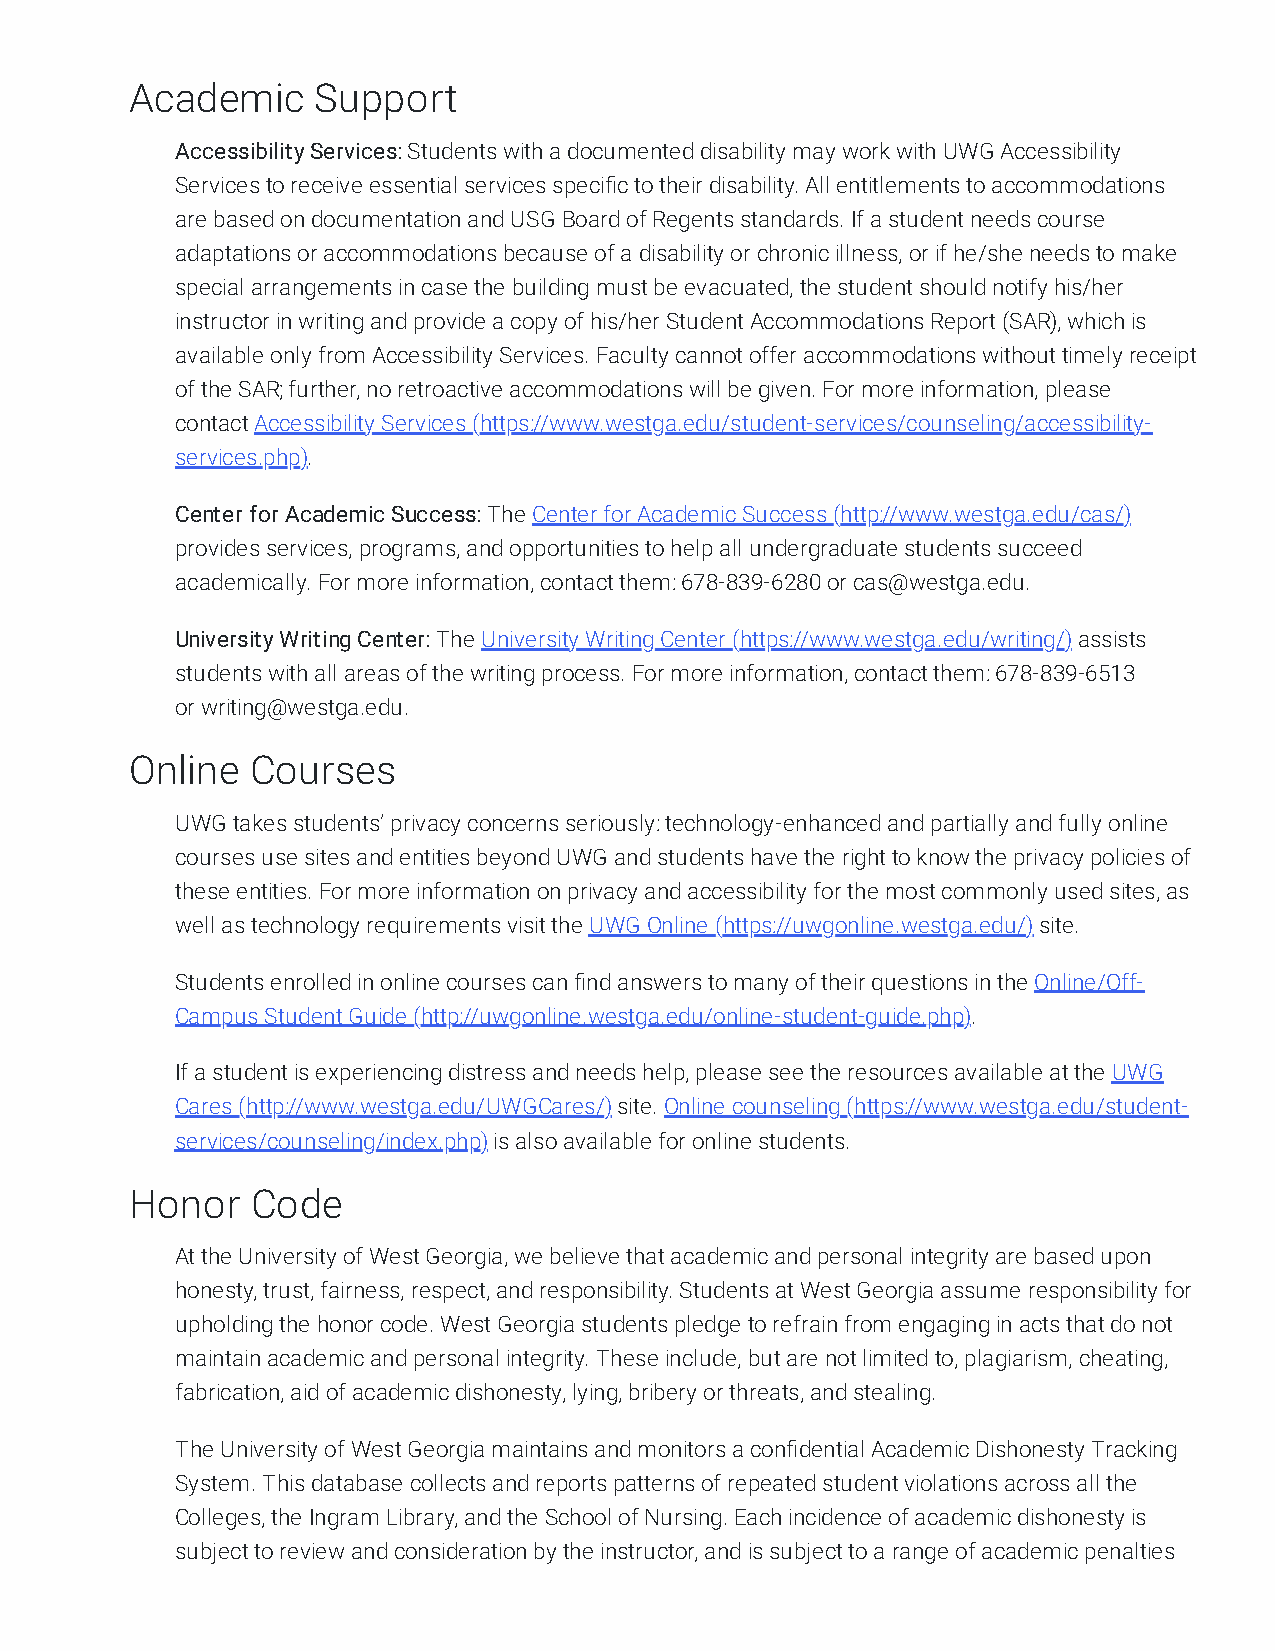
Academic    Support
 Accessibility Services: Students with a documented disability may work with UWG Accessibility
 Services to receive essential services specific to their disability. All entitlements to accommodations
 are based on documentation and USG Board of Regents standards. If a student needs course
 adaptations or accommodations because of a disability or chronic illness, or if he/she needs to make
 special arrangements in case the building must be evacuated, the student should notify his/her
 instructor in writing and provide a copy of his/her Student Accommodations Report (SAR), which is
 available only from Accessibility Services. Faculty cannot offer accommodations without timely receipt
 of the SAR; further, no retroactive accommodations will be given. For more information, please
 contact Accessibility Services (https://www.westga.edu/student-services/counseling/accessibility-
 services.php).
 Center for Academic Success: The Center for Academic Success (http://www.westga.edu/cas/)
 provides services, programs, and opportunities to help all undergraduate students succeed
 academically. For more information, contact them: 678-839-6280 or cas@westga.edu.
 University Writing Center: The University Writing Center (https://www.westga.edu/writing/) assists
 students with all areas of the writing process. For more information, contact them: 678-839-6513
 or writing@westga.edu.
 Online  Courses
 UWG takes students’ privacy concerns seriously: technology-enhanced and partially and fully online
 courses use sites and entities beyond UWG and students have the right to know the privacy policies of
 these entities. For more information on privacy and accessibility for the most commonly used sites, as
 well as technology requirements visit the UWG Online (https://uwgonline.westga.edu/) site.
 Students enrolled in online courses can find answers to many of their questions in the Online/Off-
 Campus Student Guide (http://uwgonline.westga.edu/online-student-guide.php).
 If a student is experiencing distress and needs help, please see the resources available at the UWG
 Cares (http://www.westga.edu/UWGCares/) site. Online counseling (https://www.westga.edu/student-
 services/counseling/index.php) is also available for online students.
 Honor   Code
 At the University of West Georgia, we believe that academic and personal integrity are based upon
 honesty, trust, fairness, respect, and responsibility. Students at West Georgia assume responsibility for
 upholding the honor code. West Georgia students pledge to refrain from engaging in acts that do not
 maintain academic and personal integrity. These include, but are not limited to, plagiarism, cheating,
 fabrication, aid of academic dishonesty, lying, bribery or threats, and stealing.
 The University of West Georgia maintains and monitors a confidential Academic Dishonesty Tracking
 System. This database collects and reports patterns of repeated student violations across all the
 Colleges, the Ingram Library, and the School of Nursing. Each incidence of academic dishonesty is
 subject to review and consideration by the instructor, and is subject to a range of academic penalties